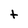
Character: t